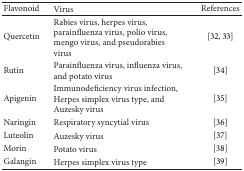
<table><thead><tr><td><b>Flavonoid</b></td><td><b>Virus</b></td><td><b>References</b></td></tr></thead><tbody><tr><td>Quercetin</td><td>Rabies virus, herpes virus, parainfluenza virus, polio virus, mengo virus, and pseudorabies virus</td><td>[32, 33]</td></tr><tr><td>Rutin</td><td>Parainfluenza virus, influenza virus, and potato virus</td><td>[34]</td></tr><tr><td>Apigenin</td><td>Immunodeficiency virus infection, Herpes simplex virus type, and Auzesky virus</td><td>[35]</td></tr><tr><td>Naringin</td><td>Respiratory syncytial virus</td><td>[36]</td></tr><tr><td>Luteolin</td><td>Auzesky virus</td><td>[37]</td></tr><tr><td>Morin</td><td>Potato virus</td><td>[38]</td></tr><tr><td>Galangin</td><td>Herpes simplex virus type</td><td>[39]</td></tr></tbody></table>